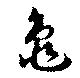
亀